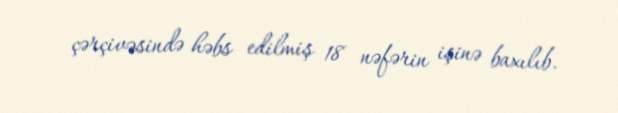
çərçivəsində həbs edilmiş 18 nəfərin işinə baxılıb.